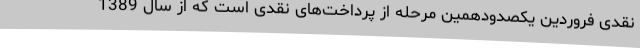
نقدی فروردین یکصدودهمین مرحله از پرداخت‌های نقدی است که از سال 1389